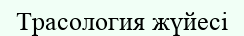
Трасология жүйесі